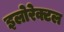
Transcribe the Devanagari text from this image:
इलोरेक्टल